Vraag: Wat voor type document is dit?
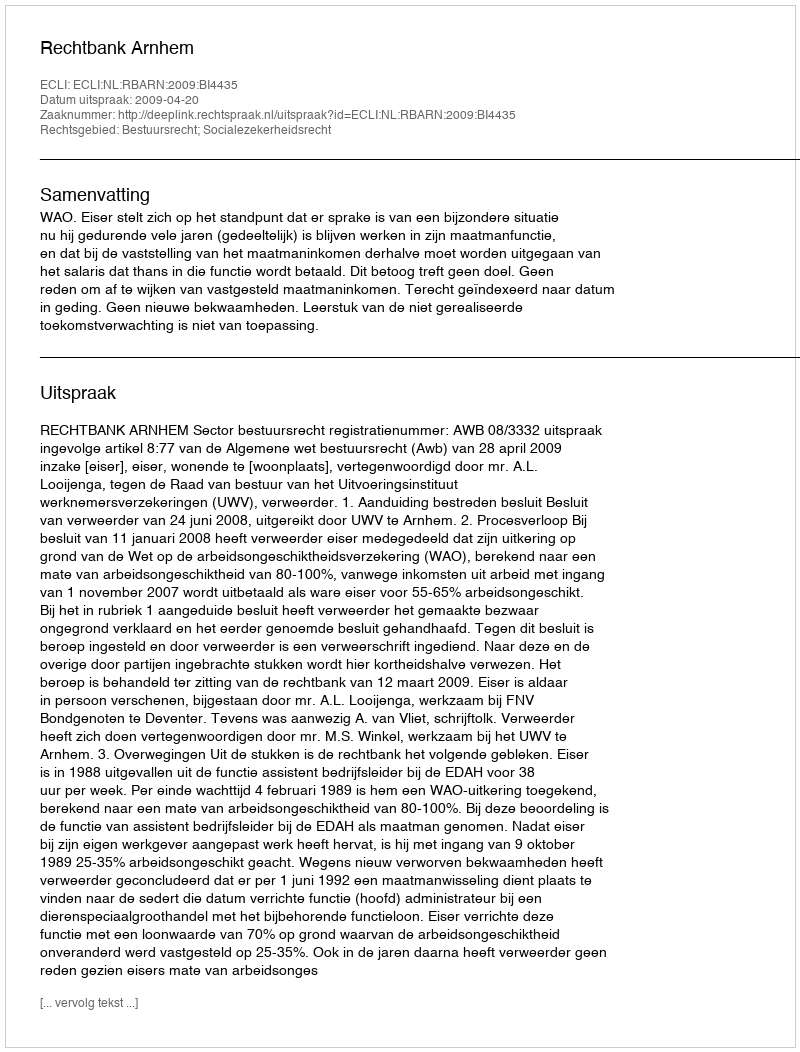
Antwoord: Uitspraak